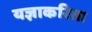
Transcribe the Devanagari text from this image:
यज्ञाकरिता